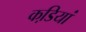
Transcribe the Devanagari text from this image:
कडि़यां